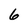
Character: 6